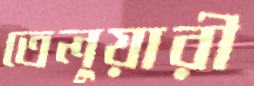
তেলুয়ারী